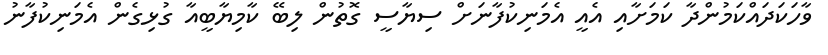
ވާހަކަދައްކަމުންދާ ކަމަށާއި އެއީ އެމަނިކުފާނަށް ސިޔާސީ ގޮތުން ލިބޭ ކާމިޔާބީއާ ގުޅިގެން އެމަނިކުފާނު